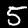
Digit: 5